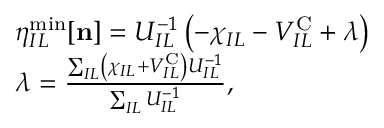
\begin{array} { r l } & { \eta _ { I L } ^ { \mathrm { m i n } } [ { \bf n } ] = U _ { I L } ^ { - 1 } \left( - \chi _ { I L } - V _ { I L } ^ { \mathrm { C } } + \lambda \right) } \\ & { \lambda = \frac { \sum _ { I L } \left( \chi _ { I L } + V _ { I L } ^ { \mathrm { C } } \right) U _ { I L } ^ { - 1 } } { \sum _ { I L } U _ { I L } ^ { - 1 } } , } \end{array}